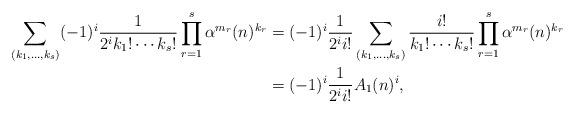
LaTeX: \begin{align*}\sum_{(k_1,\ldots,k_s)} (-1)^i \frac{1}{2^i k_1! \cdots k_s!} \prod_{r=1}^s \alpha^{m_r}(n)^{k_r} &= (-1)^i \frac{1}{2^i i!} \sum_{(k_1,\ldots,k_s)} \frac{i!}{k_1! \cdots k_s!} \prod_{r=1}^s \alpha^{m_r}(n)^{k_r} \\&= (-1)^i \frac{1}{2^i i!} A_1(n)^i,\end{align*}